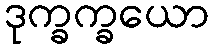
ဒုက္ခက္ခယော